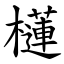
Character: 櫣